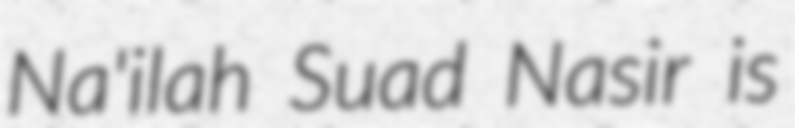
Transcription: Na'ilah Suad Nasir is